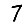
Digit: 7